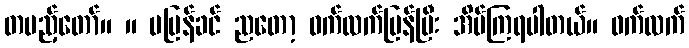
တပည့်တော်။ ။ မပြန်ခင် ညတော့ ဝက်လက်ပြန်ပြီး အိပ်ကြရပါတယ်။ ဝက်လက်